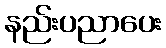
နည်းပညာပေး